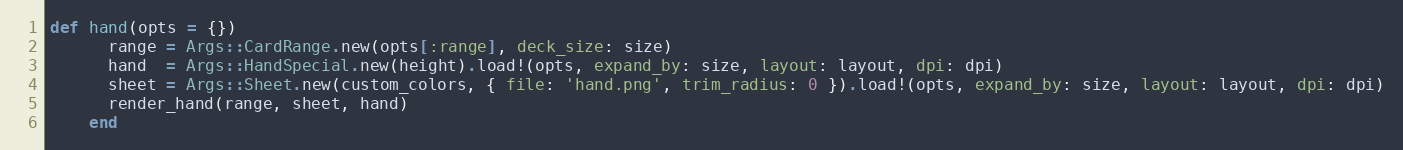
Language: Ruby
def hand(opts = {})
      range = Args::CardRange.new(opts[:range], deck_size: size)
      hand  = Args::HandSpecial.new(height).load!(opts, expand_by: size, layout: layout, dpi: dpi)
      sheet = Args::Sheet.new(custom_colors, { file: 'hand.png', trim_radius: 0 }).load!(opts, expand_by: size, layout: layout, dpi: dpi)
      render_hand(range, sheet, hand)
    end